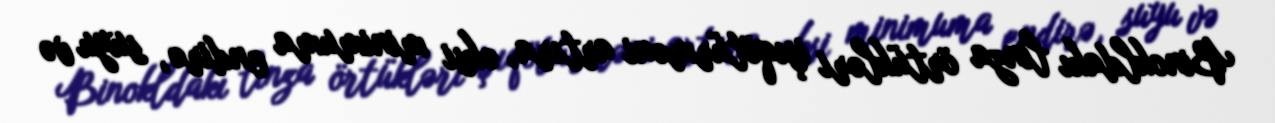
Binokldakı linza örtükləri işıqötürməni artıra, əksi minimuma endirə, suyu və